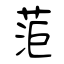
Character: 菃